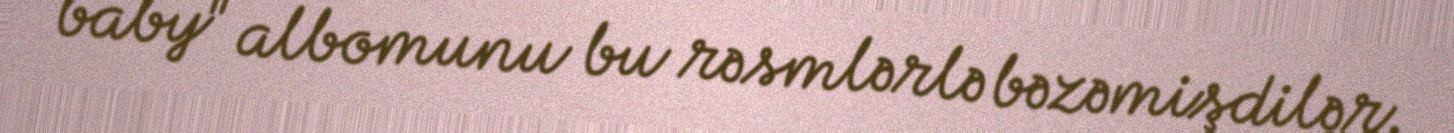
baby" albomunu bu rəsmlərlə bəzəmişdilər.